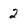
Character: 2